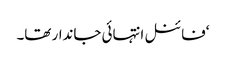
‘فائنل انتہائی جاندار تھا۔